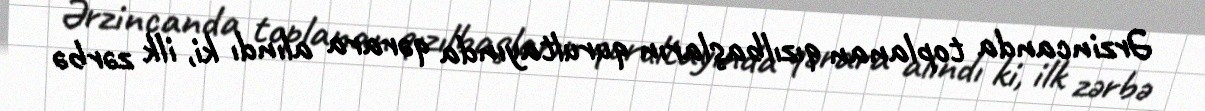
Ərzincanda toplanan qızılbaşların qurultayında qərara alındı ki, ilk zərbə